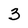
Character: 3